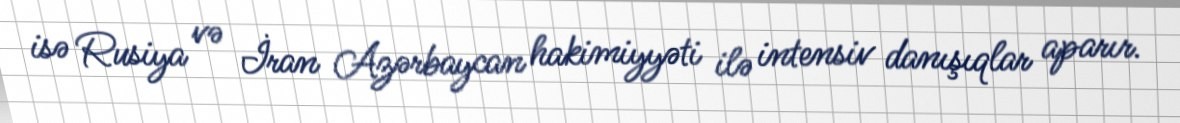
isə Rusiya və İran Azərbaycan hakimiyyəti ilə intensiv danışıqlar aparır.